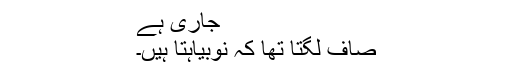
جاری ہے
صاف لگتا تھا کہ نوبیاہتا ہیں۔